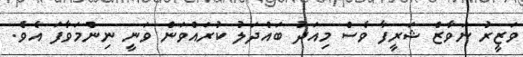
ވަޒީރު ނަވާޒް ޝަރީފާ ވެސް މިއަދު ބައްދަލު ކުރައްވަން ވަނީ ނިންމަވާފަ އެވެ.